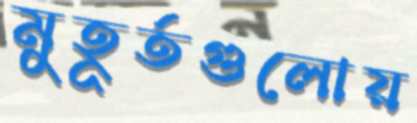
মুহূর্তগুলোয়